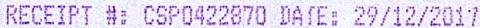
RECEIPT #: CSP0422870 DATE: 29/12/2017